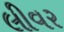
લીવર